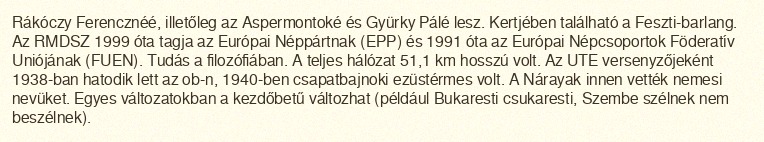
Rákóczy Ferencznéé, illetőleg az Aspermontoké és Gyürky Pálé lesz. Kertjében található a Feszti-barlang. Az RMDSZ 1999 óta tagja az Európai Néppártnak (EPP) és 1991 óta az Európai Népcsoportok Föderatív Uniójának (FUEN). Tudás a filozófiában. A teljes hálózat 51,1 km hosszú volt. Az UTE versenyzőjeként 1938-ban hatodik lett az ob-n, 1940-ben csapatbajnoki ezüstérmes volt. A Nárayak innen vették nemesi nevüket. Egyes változatokban a kezdőbetű változhat (például Bukaresti csukaresti, Szembe szélnek nem beszélnek).